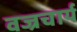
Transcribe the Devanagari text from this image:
वज्रचार्य